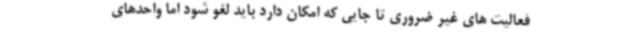
فعالیت های غیر ضروری تا جایی که امکان دارد باید لغو شود اما واحدهای